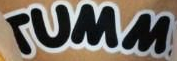
TUMM